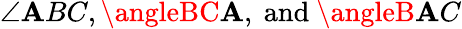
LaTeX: \angle\mathbf{A}BC,\angleBC\mathbf{A},{\mathrm{{~and~}}}\angleB\mathbf{A}C